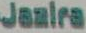
Jazira